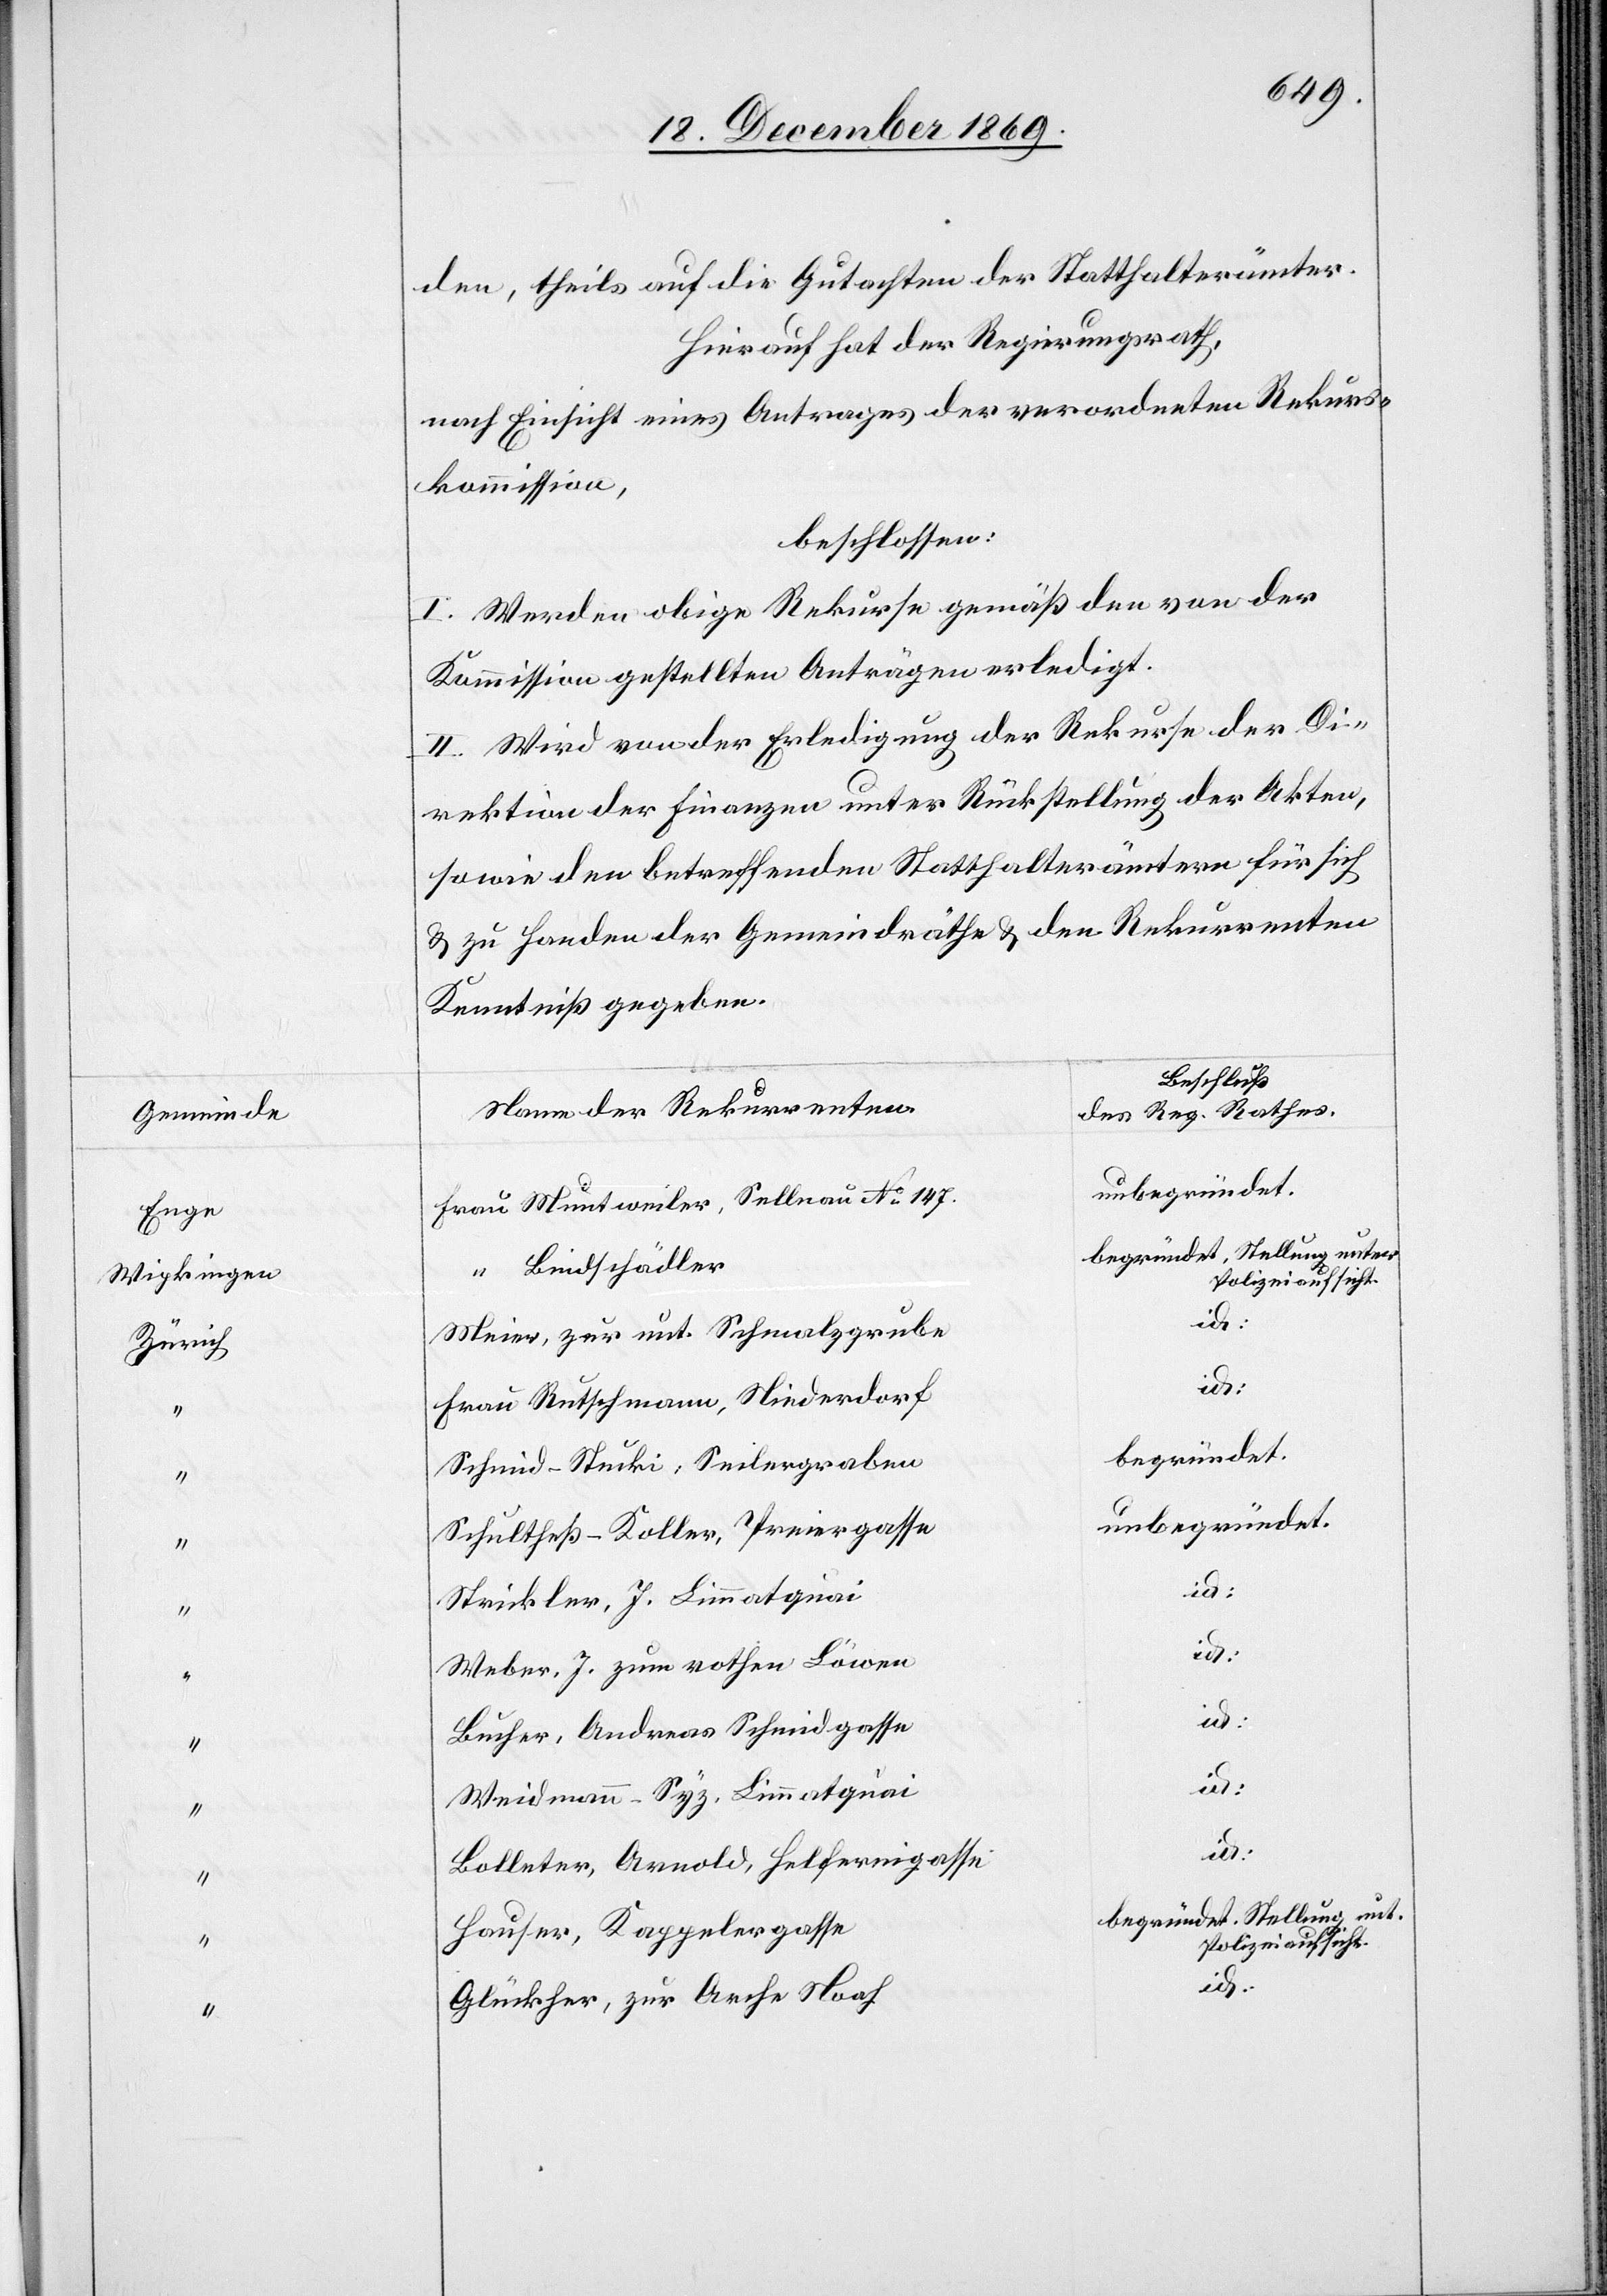
Gemeinde
Enge
Wipkingen
Zürich

den, theils auf die Gutachten der Statthalterämter.
Hierauf hat der Regierungsrath,
nach Einsicht eines Antrages der verordneten Rekurs¬
kommission,
beschlossen:
I. Werden obige Rekurse gemäß den von der
Kommission gestellten Anträgen erledigt.
II. Wird von der Erledigung der Rekurse der Di¬
rektion der Finanzen unter Rückstellung der Akten,
sowie den betreffenden Statthalterämtern für sich
& zu Handen der Gemeindräthe & den Rekurrenten
Kenntniß gegeben.
Beschluß
Name der Rekurrenten.
des Reg. Rathes.
unbegründet.
Frau Muntweiler, Sellnau No 147.
begründet, Stellung unter
Bindschädler
Polizeiaufsicht.
id:
Meier, zur unt. Schmalzgrube
id:
Frau Rutschmann, Niederdorf
begründet.
Schmid-Stucki, Seilergraben
Schultheß-Koller, Preiergasse
Strickler, J. Limmatquai
Weber, J. zum rothen Löwen
Bucher, Andreas Schmidgasse
id.
Weidmann-Syz, Limmatquai
id.
Bolleter, Arnold, Helfereigasse
begründet. Stellung unt.
Hauser, Kappelergasse
Glückher, zur Arche Noah